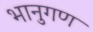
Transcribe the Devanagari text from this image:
भानुगण